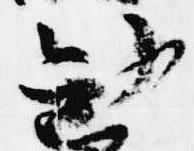
勧